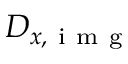
D _ { x , \mathrm { ~ i ~ m ~ g ~ } }